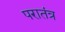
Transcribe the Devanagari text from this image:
परातंत्र